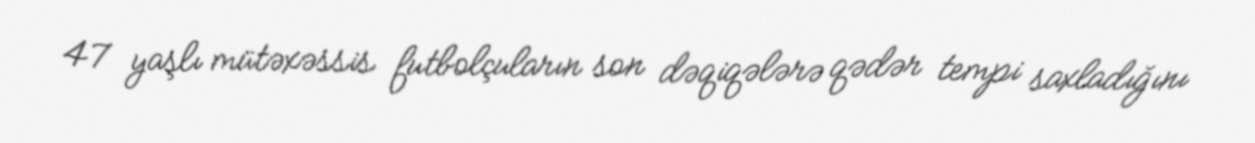
47 yaşlı mütəxəssis futbolçuların son dəqiqələrə qədər tempi saxladığını